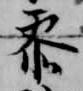
参